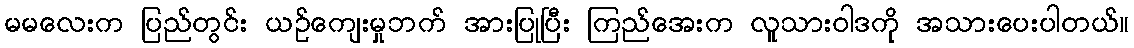
မမလေးက ပြည်တွင်း ယဉ်ကျေးမှုဘက် အားပြုပြီး ကြည်အေးက လူသားဝါဒကို အသားပေးပါတယ်။